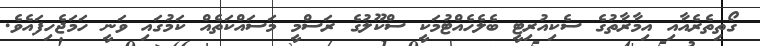
ގޯތިތެރެއާއި އިމާރާތުގެ ސެކިއުރިޓީ ބެލެހެއްޓުމަކީ ސްކޫލުގެ ރަސްމީ މަސައްކަތެއް ކަމުގައި ވަނީ ހަމަޖެހިފައެވެ.